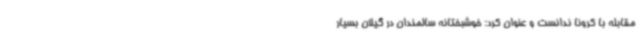
مقابله با کرونا ندانست و عنوان کرد: خوشبختانه سالمندان در گیلان بسیار